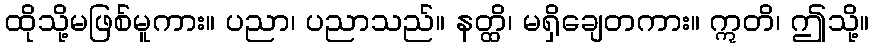
ထိုသို့မဖြစ်မူကား။ ပညာ၊ ပညာသည်။ နတ္ထိ၊ မရှိချေတကား။ ဣတိ၊ ဤသို့။